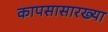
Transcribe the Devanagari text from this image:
कापसासारख्या